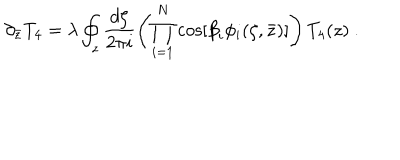
LaTeX: \partial _ { \bar { z } } T _ { 4 } = \lambda \oint _ { z } \frac { d \zeta } { 2 \pi i } \left( \prod _ { i = 1 } ^ { N } \cos [ { \beta } _ { i } \phi _ { i } ( \zeta , \bar { z } ) ] \right) T _ { 4 } ( z ) \ .